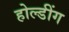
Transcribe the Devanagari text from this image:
होल्डींग